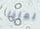
لماذا